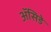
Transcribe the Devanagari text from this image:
ॲसिडे